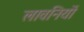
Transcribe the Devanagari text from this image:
लावनियों